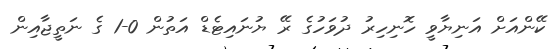
ކޭންއަށް އަނިޔާވީ ހޮނިހިރު ދުވަހުގެ ރޭ ޔުނައިޓެޑް އަތުން 0-1 ގެ ނަތީޖާއިން